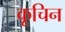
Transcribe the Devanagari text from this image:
कूचिन